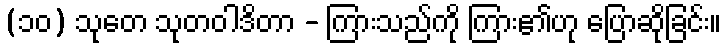
(၁၀) သုတေ သုတဝါဒိတာ - ကြားသည်ကို ကြား၏ဟု ပြောဆိုခြင်း။